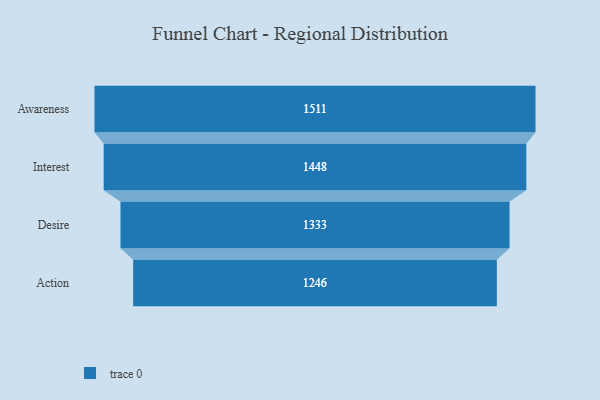
{"axis": {"x": "Stage", "y": "Value"}, "legend": [""], "data": [{"x": "Awareness", "y": 1511.0, "type": ""}, {"x": "Interest", "y": 1448.0, "type": ""}, {"x": "Desire", "y": 1333.0, "type": ""}, {"x": "Action", "y": 1246.0, "type": ""}]}